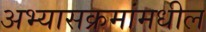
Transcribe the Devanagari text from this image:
अभ्यासक्रमांमधील